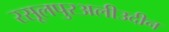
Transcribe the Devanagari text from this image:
रसूलपुरअलीउदीन